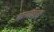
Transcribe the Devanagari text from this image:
कणवाद